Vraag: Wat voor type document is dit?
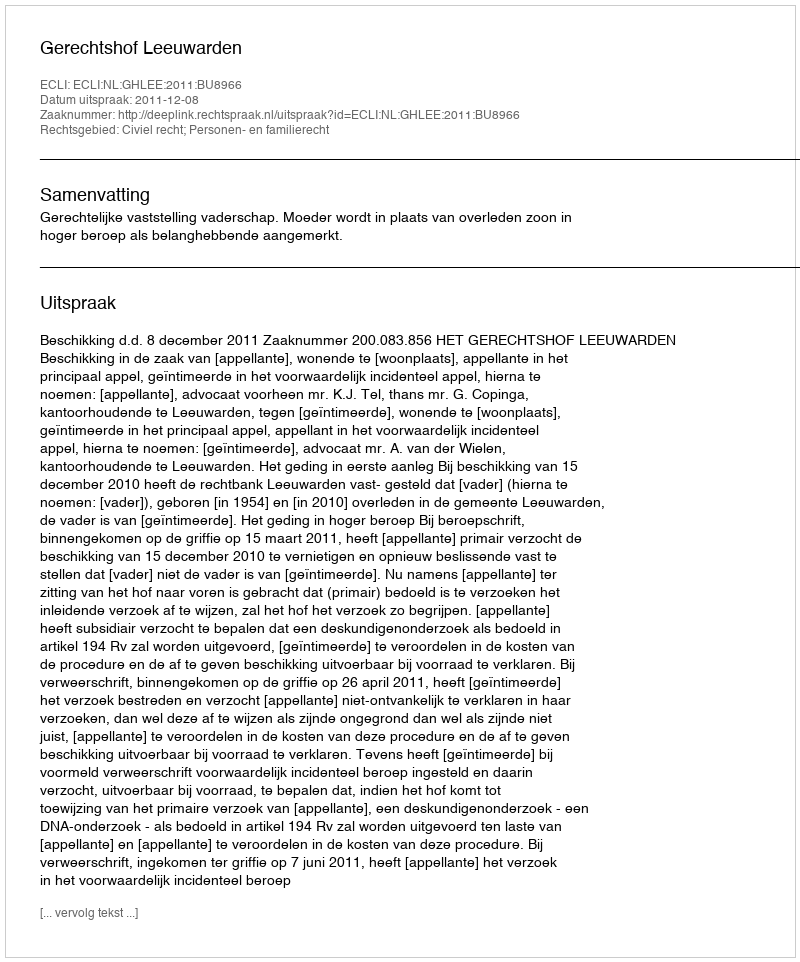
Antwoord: Uitspraak